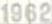
1962